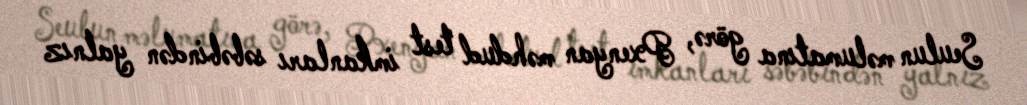
Seulun məlumatına görə, Pxenyan məhdud test imkanları səbəbindən yalnız